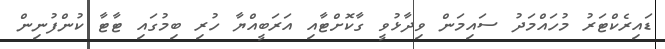
ޑައިރެކްޓަރު މުހައްމަދު ސައިމަން ވިދާޅުވީ ގާކޮށްޓާއި އަރަބީއްޔާ ހުރި ބިމުގައި ޓާޓާ ކުންފުނިން